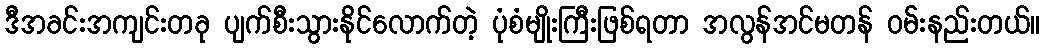
ဒီအခင်းအကျင်းတခု ပျက်စီးသွားနိုင်လောက်တဲ့ ပုံစံမျိုးကြီးဖြစ်ရတာ အလွန်အင်မတန် ဝမ်းနည်းတယ်။